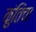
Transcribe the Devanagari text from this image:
कुंतिचा